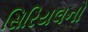
સિરિયલનો